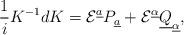
LaTeX: \begin{align*}{1\over i}K^{-1}dK={\cal E}^{\underline a}P_{\underline a}+{\cal E}^{\underline\alpha}\underline Q_{\underline\alpha},\end{align*}